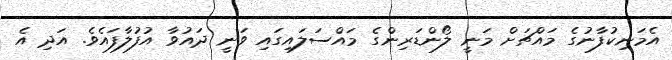
އެމަނިކުފާނުގެ މައްޗަށް މަނީ ލޯންޑަރިންގެ މައްސަލައިގައި ވަނީ ދައުވާ އުފުލާފައެވެ. އަދި އެ